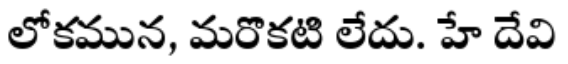
లోకమున, మరొకటి లేదు. హే దేవి